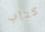
كتاب